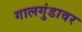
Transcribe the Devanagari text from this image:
गालगुंडावर